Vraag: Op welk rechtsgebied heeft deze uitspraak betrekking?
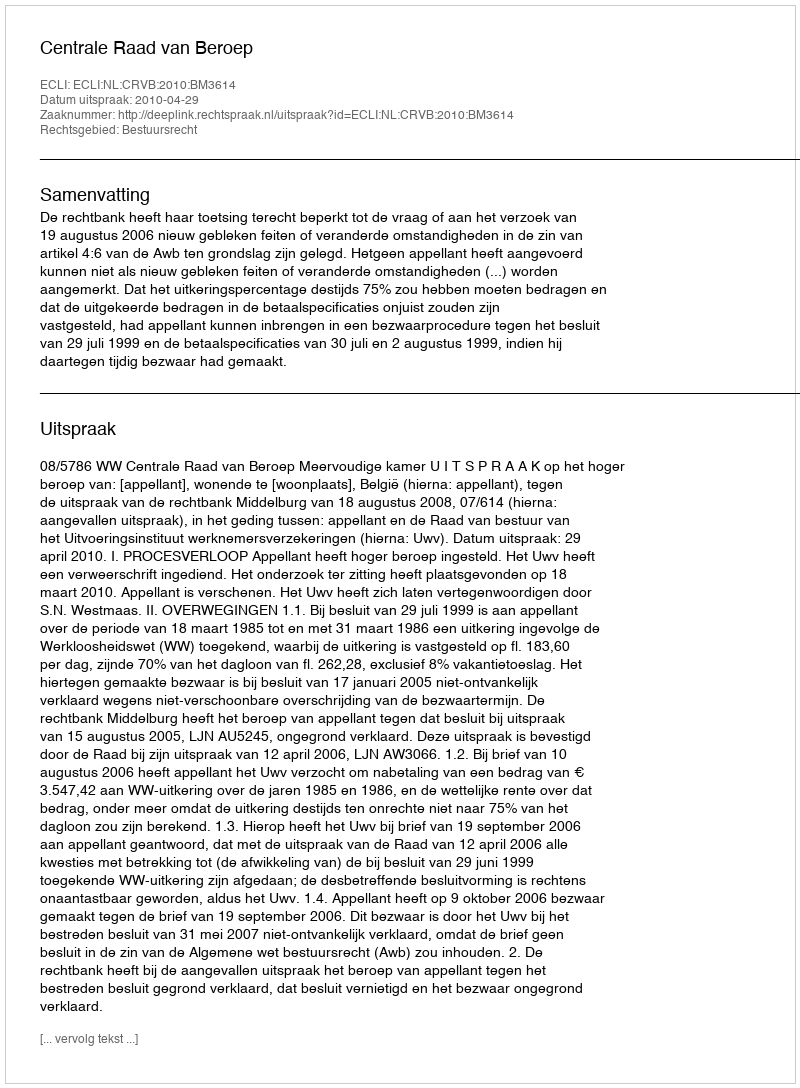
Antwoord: Bestuursrecht